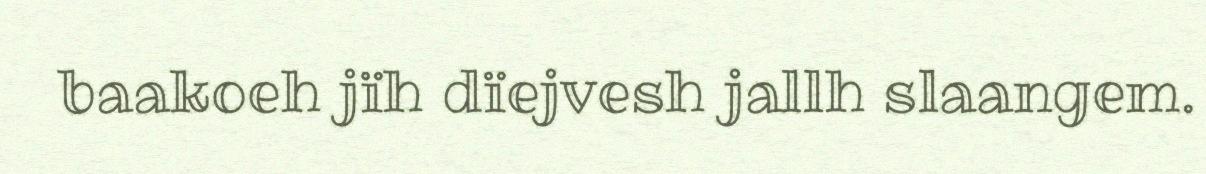
baakoeh jïh dïejvesh jallh slaangem.